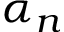
\alpha _ { n }